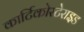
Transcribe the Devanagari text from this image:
कार्टिकोस्टेराइड